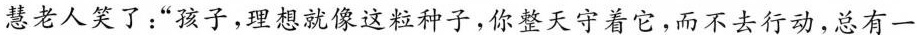
慧老人笑了：“孩子，理想就像这粒种子，你整天守着它，而不去行动，总有一